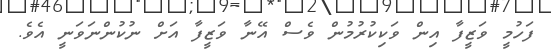
ފަހުމީ ވަޒީފާ އިން ވަކިކުރުމުން ވެސް އޭނާ ވަޒީފާ އަށް ނުކުންނަވަނީ އެވެ.